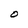
Character: O